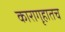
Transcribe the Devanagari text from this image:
कारागृहातच